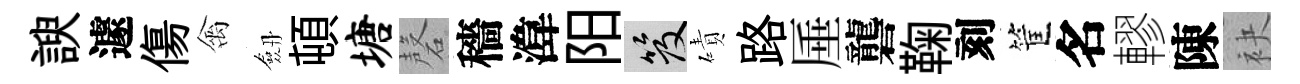
諛遽傷禽劔頓塘磬穡湋阳笈磧路厜礱鞠刻筐名轇陳袂